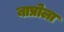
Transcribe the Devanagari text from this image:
बाप्रोला